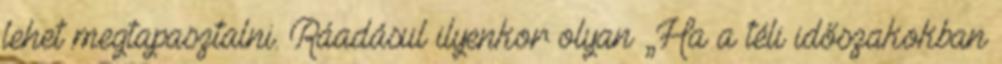
lehet megtapasztalni. Ráadásul ilyenkor olyan „Ha a téli időszakokban